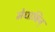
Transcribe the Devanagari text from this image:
मेधाविन्